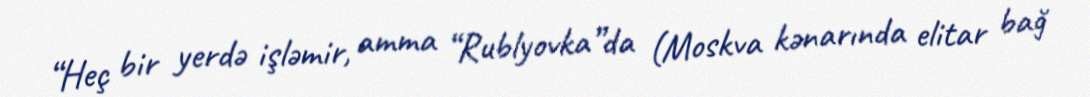
“Heç bir yerdə işləmir, amma “Rublyovka”da (Moskva kənarında elitar bağ